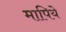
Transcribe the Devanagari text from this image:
मापिये